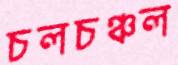
চলচঞ্চল